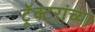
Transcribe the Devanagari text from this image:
ट्रॅक्टरांच्या